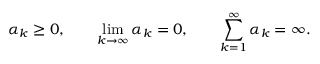
\alpha _ { k } \geq 0 , \qquad \operatorname* { l i m } _ { k \to \infty } \alpha _ { k } = 0 , \qquad \sum _ { k = 1 } ^ { \infty } \alpha _ { k } = \infty .